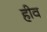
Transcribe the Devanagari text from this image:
हीव